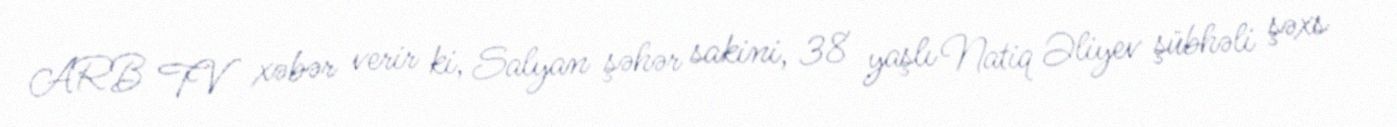
ARB TV xəbər verir ki, Salyan şəhər sakini, 38 yaşlı Natiq Əliyev şübhəli şəxs